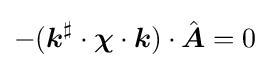
-({\boldsymbol {k}}^{\sharp }\cdot {\boldsymbol {\chi }}\cdot {\boldsymbol {k}})\cdot {\hat {\boldsymbol {A}}}=0